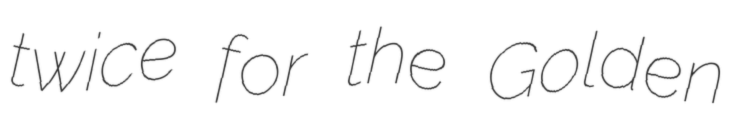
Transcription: twice for the Golden